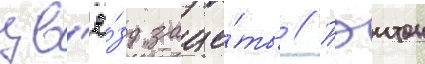
зв'ё́зд защи́ты // Пэитон